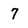
Character: 7